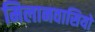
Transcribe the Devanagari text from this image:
मिलानवासियों